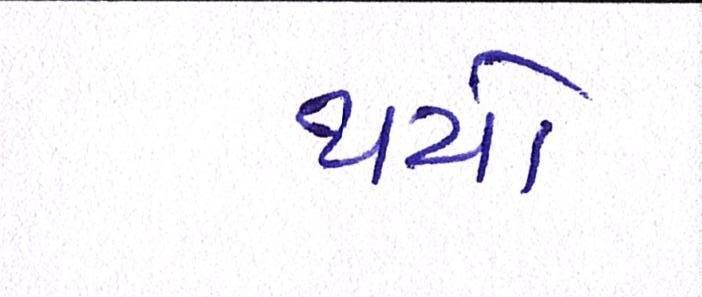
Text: થયો